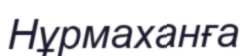
Нұрмаханға